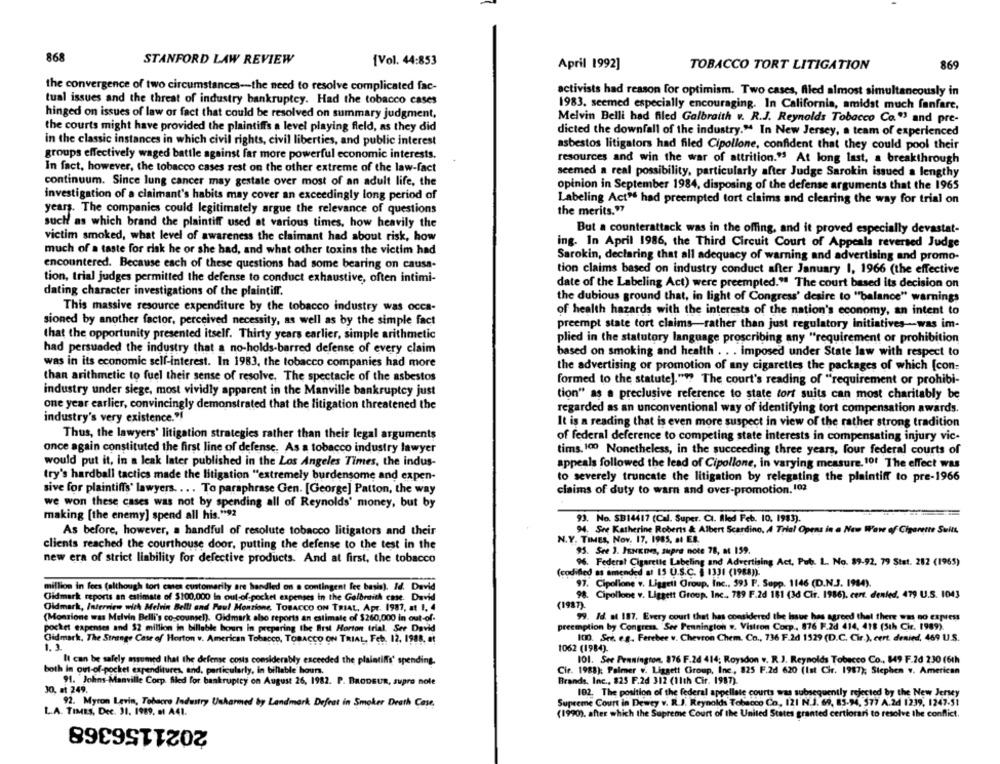
868
STANFORD LAW REVIEW
[Vol. 44:853
April 1992]
TOBACCO TORT LITIGATION
869
the convergence of two circumstances -- the need to resolve complicated fac-
activists had reason for optimism. Two cases, filled almost simultaneously in
tual issues and the threat of industry bankruptcy. Had the tobacco cases
1983. seemed especially encouraging. In California, amidst much fanfare,
hinged on issues of law or fact that could be resolved on summary judgment,
Melvin Belli had filed Galbraith v. R.J. Reynolds Tobacco Co."3 and pre-
the courts might have provided the plaintiffs a level playing field, as they did
dicted the downfall of the industry." In New Jersey, a team of experienced
in the classic instances in which civil rights, civil liberties, and public interest
asbestos litigators had filed Cipollone, confident that they could pool their
groups effectively waged battle against far more powerful economic interests.
resources and win the war of attrition." At long last, a breakthrough
In fact, however, the tobacco cases rest on the other extreme of the law-fact
seemed a real possibility, particularly after Judge Sarokin issued a lengthy
continuum. Since lung cancer may gestate over most of an adult life, the
opinion in September 1984, disposing of the defense arguments that the 1965
investigation of a claimant's habits may cover an exceedingly long period of
Labeling Actof had preempted tort claims and clearing the way for trial on
years. The companies could legitimately argue the relevance of questions
the merits."
such as which brand the plaintiff used at various times, how heavily the
But a counterattack was in the offing, and it proved especially devastat-
victim smoked, what level of awareness the claimant had about risk, how
ing. In April 1986, the Third Circuit Court of Appeals reversed Judge
much of a taste for risk he or she had, and what other toxins the victim had
Sarokin, declaring that all adequacy of warning and advertising and promo-
encountered. Because each of these questions had some bearing on causa-
tion claims based on industry conduct after January 1, 1966 (the effective
tion, trial judges permitted the defense to conduct exhaustive, often intimi-
dating character investigations of the plaintiff.
date of the Labeling Act) were preempted." The court based its decision on
the dubious ground that, in light of Congress' desire to ""balance" warnings
This massive resource expenditure by the tobacco industry was occa-
of health hazards with the interests of the nation's economy, an intent to
sioned by another factor, perceived necessity, as well as by the simple fact
preempt state tort claims-rather than just regulatory initiatives-was im-
that the opportunity presented itself. Thirty years earlier, simple arithmetic
plied in the statutory language proscribing any "requirement or prohibition
had persuaded the industry that a no-holds-barred defense of every claim
based on smoking and health . . . imposed under State law with respect to
was in its economic self-interest. In 1983, the tobacco companies had more
the advertising or promotion of any cigarettes the packages of which [con-
than arithmetic to fuel their sense of resolve. The spectacle of the asbestos
formed to the statute]."" The court's reading of "requirement or prohibi-
industry under siege, most vividly apparent in the Manville bankruptcy just
tion" as a preclusive reference to state tort suits can most charitably be
one year earlier, convincingly demonstrated that the litigation threatened the
regarded as an unconventional way of identifying tort compensation awards.
industry's very existence."!
It is a reading that is even more suspect in view of the rather strong tradition
Thus, the lawyers' litigation strategies rather than their legal arguments
of federal deference to competing state interests in compensating injury vic-
once again constituted the first line of defense. As a tobacco industry lawyer
tims. 100 Nonetheless, in the succeeding three years, four federal courts of
would put it, in a leak later published in the Los Angeles Times, the indus-
appeals followed the lead of Cipollone, in varying measure, 101 The effect was
try's hardball tactics made the litigation "extremely burdensome and expen-
to severely truncate the litigation by relegating the plaintiff to pre-1966
claims of duty to warn and over-promotion. 102
sive for plaintiffs' lawyers. ... To paraphrase Gen. [George] Patton, the way
we won these cases was not by spending all of Reynolds' money, but by
making [the enemy] spend all his."92
93. No. SB14417 (Cal. Super. CI. Illed Feb. 10. 1983).
As before, however, a handful of resolute tobacco litigators and their
94. Sre Katherine Roberts & Albert Scardino, A Trial Opens in a New Wave of Cigarette Suits,
N.Y. TIMES, Nov. 17. 1985, at EB.
clients reached the courthouse door, putting the defense to the test in the
95. See ). JENEDES, supra note 78, at 159.
new era of strict liability for defective products. And at first, the tobacco
96. Federal Cigaretle Labeling and Advertising Act, Pub. L .. No. 89-92, 79 Stat. 282 (1965)
(codifled as amended at 15 U.S.C. § 1331 (1988)).
million in fees (although tori cases customarily are handled on a contingent fee basis). Id. David
97. Cipollone v. Liggeti Group, Inc ., 593 F. Sopp. 1146 (D.N.J. 1984).
Gidmark reports an estimate of $100,000 in out-of-pocket expenses in the Galóntith case. David
98. Cipollone v. Liggett Group, Inc ., 789 F.2d 181 (36 Cir. 1986), cert. denled, 479 U.S. 1043
Oldmark, Interview with Melvin Belli and Paul Menzione, TOBACCO ON TRIAL, Apr. 1987, at 1, 4
(1987).
(Monzione was Melvin Belli's co-counsel). Gidmark also reports an estimate of $260,000 in out-of.
99. Id at 187. Every court that has considered the Issue has agreed that there was no express
preemption by Congress. Ser Pennington #. Vistron Corp ., 876 F.2d 414, 418 (3th Cir. 1989).
pocket expenses and $2 million in billable hours in preparing the Erst Horton trial. See David
Gidmark, The Strange Case of Horton v. American Tobacco, TOBACCO ON TRIAL, Feb. 12. 1988, at
100. Sec. e.g. Ferebee v. Chevron Chem. Co ., 736 F.2d 1529 (D.C. Cir.), cert. denied, 469 U.S.
1. 3
1062 (1984).
101. Ser Penningron, 876 F.2d 414; Roysdon v. R.J. Reynolds Tobacco Co ., 149 F.2d 230 (6th
It can be safely assumed that the defense costs considerably exceeded the plaintiffs' spending.
both in out-of-pocket expenditures, and, particularly, in billable hours.
Cir. 1988); Palmer v. Liggett Group, Inc ., 825 F.2d 620 (Ist Cir. 1987); Stephen v. American
94. Johns-Manville Corp filed for bankruptcy on August 26, 1982. P. BRODEUR, supro nole
Brands, Inc ., 825 F.2d 312 (11th Cir. 1987).
30, at 249.
102. The position of the federal appellate courts was subsequently rejected by the New Jersey
92. Myron Levin, Tobacco Industry Unharmed by Landmark Defeat in Smoker Death Case,
Supreme Court in Dewey v. R.J. Reynolds Tobacco Co, 121 N.J. 69, 83-94, 577 A.24 1239, 1247-51
L.A. TIMES, Dec. 31. 1989. el A41.
2021156368
(1990). after which the Supreme Court of the United States granted certiorari to resolve the conflict.